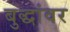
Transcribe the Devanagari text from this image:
बुद्धांवर